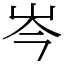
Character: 岑